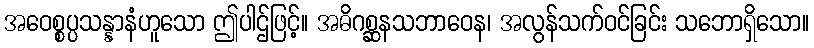
အဝေစ္စပ္ပသန္နာနံဟူသော ဤပါဌ်ဖြင့်။ အဓိဂစ္ဆနသဘာဝေန၊ အလွန်သက်ဝင်ခြင်း သဘောရှိသော။